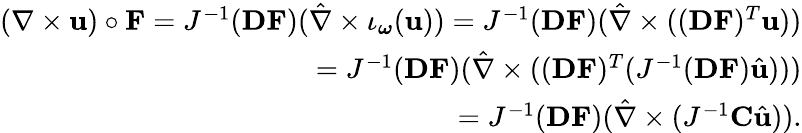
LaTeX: \begin{array}{r}{(\nabla\times\mathbf{u})\circ\mathbf{F}=J^{-1}(\mathbf{DF})(\hat{\nabla}\times\iota_{\boldsymbol{\omega}}(\mathbf{u}))=J^{-1}(\mathbf{DF})(\hat{\nabla}\times((\mathbf{DF})^{T}\mathbf{u}))}\\ {=J^{-1}(\mathbf{DF})(\hat{\nabla}\times((\mathbf{DF})^{T}(J^{-1}(\mathbf{DF})\hat{\mathbf{u}})))}\\ {=J^{-1}(\mathbf{DF})(\hat{\nabla}\times(J^{-1}\mathbf{C}\hat{\mathbf{u}})).}\end{array}